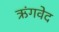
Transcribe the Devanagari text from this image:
ऋंगवेद